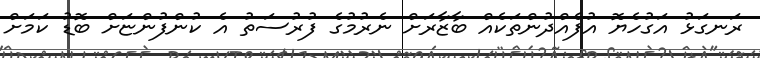
ރަނގަޅު އަގުހެޔޮ އުފެއްދުންތަކެއް ބާޒާރަށް ނެރުމުގެ ފުރުސަތު އެ ކުންފުންޏަށް ބޮޑު ކަމަށް